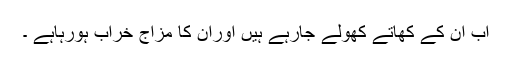
اب ان کے کھاتے کھولے جارہے ہیں اوران کا مزاج خراب ہورہاہے ۔